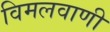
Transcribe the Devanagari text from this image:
विमलवाणी